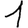
Digit: 1